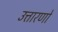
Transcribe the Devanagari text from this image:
उत्तारणो